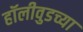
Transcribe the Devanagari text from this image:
हॉलीवुडच्या